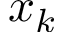
x _ { k }